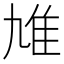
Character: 䧱